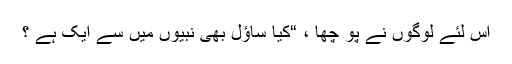
اس لئے لوگوں نے پو چھا ، “کیا ساؤل بھی نبیوں میں سے ایک ہے ؟